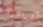
تريدك